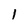
Character: 1